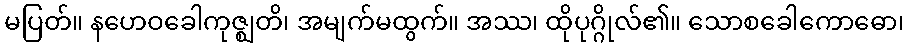
မပြတ်။ နဟေဝခေါကုဇ္ဈတိ၊ အမျက်မထွက်။ အဿ၊ ထိုပုဂ္ဂိုလ်၏။ သောစခေါကောဓော၊